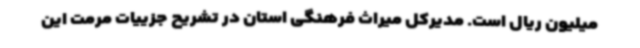
میلیون ریال است. مدیرکل میراث فرهنگی استان در تشریح جزییات مرمت این